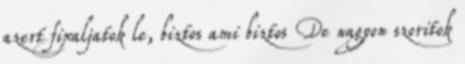
azert fixaljatok le, biztos ami biztos De nagyon szoritok